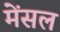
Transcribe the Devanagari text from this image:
मेंसल